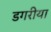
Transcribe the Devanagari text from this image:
डगरीया